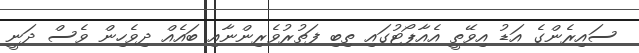
ސައިރެންގެ އަޑު އިވޭތީ އެއާޕޯޓުގައި ތިބި ފަތުރުވެރިންނާއި ބައެއް ދިވެހިން ވެސް ދަނީ